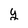
Character: y